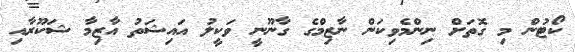
ކޯޓުން މި ގޮތަށް ނިންމެވިކަން ނާޒިމްގެ ގާނޫނީ ވަކީލު އައިޝަތު އާޒިމާ ޝަކޫރާއި